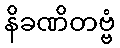
နိခဏိတဗ္ဗံ